Insane asylums in Bengal annual reports 1867-1875 - 1867-1875
Year: 1867
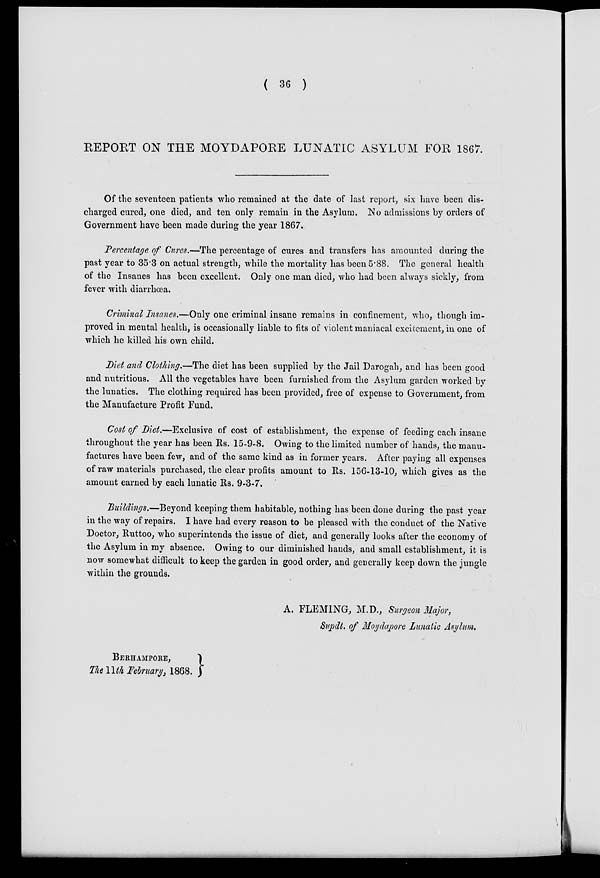
( 36 )
REPORT ON THE MOYDAPORE LUNATIC ASYLUM FOR 1867.
Of the seventeen patients who remained at the date of last report, six have been dis-
charged cured, one died, and ten only remain in the Asylum. No admissions by orders of
Government have been made during the year 1867.
Percentage of Cures.—The percentage of cures and transfers has amounted during the
past year to 35.3 on actual strength, while the mortality has been 5.88. The general health
of the Insanes has been excellent. Only one man died, who had been always sickly, from
fever with diarrhœa.
Criminal Insanes.—Only one criminal insane remains in confinement, who, though im-
proved in mental health, is occasionally liable to fits of violent maniacal excitement, in one of
which he killed his own child.
Diet and Clothing.—The diet has been supplied by the Jail Darogah, and has been good
and nutritious. All the vegetables have been furnished from the Asylum garden worked by
the lunatics. The clothing required has been provided, free of expense to Government, from
the Manufacture Profit Fund.
Cost of Diet.—Exclusive of cost of establishment, the expense of feeding each insane
throughout the year has been Rs. 15-9-8. Owing to the limited number of hands, the manu-
factures have been few, and of the same kind as in former years. After paying all expenses
of raw materials purchased, the clear profits amount to Rs. 156-13-10, which gives as the
amount earned by each lunatic Rs. 9-3-7.
Buildings.—Beyond keeping them habitable, nothing has been done during the past year
in the way of repairs. I have had every reason to be pleased with the conduct of the Native
Doctor, Ruttoo, who superintends the issue of diet, and generally looks after the economy of
the Asylum in my absence. Owing to our diminished hands, and small establishment, it is
now somewhat difficult to keep the garden in good order, and generally keep down the jungle
within the grounds.
BERHAMPORE,
The 11th February, 1868.
A. FLEMING, M.D., Surgeon Major,
Supdt. of Moydapore Lunatic Asylum.